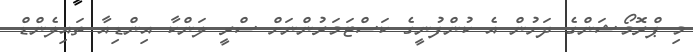
މި ޕްރޮމޯޝަންގެ ދަށުން އެ ކުންފުނީގެ ކަސްޓަމަރުންނަށް ސްރީ ލަންކާ އިންޑިއާ ތައިލެންޑް